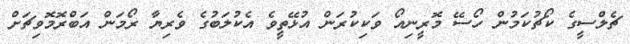
ޗެލްސީގެ ކޯޗުކަމުން ހޯސޭ މޮރީނިއޯ ވަކިކުރަން އުޅޭތީވެ އެކުލަބުގެ ވެރިޔާ ރޯމަން އަބްރޮމޮވިޗަށް